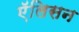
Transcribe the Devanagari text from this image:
एॅलिसन